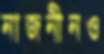
নাজনীনও